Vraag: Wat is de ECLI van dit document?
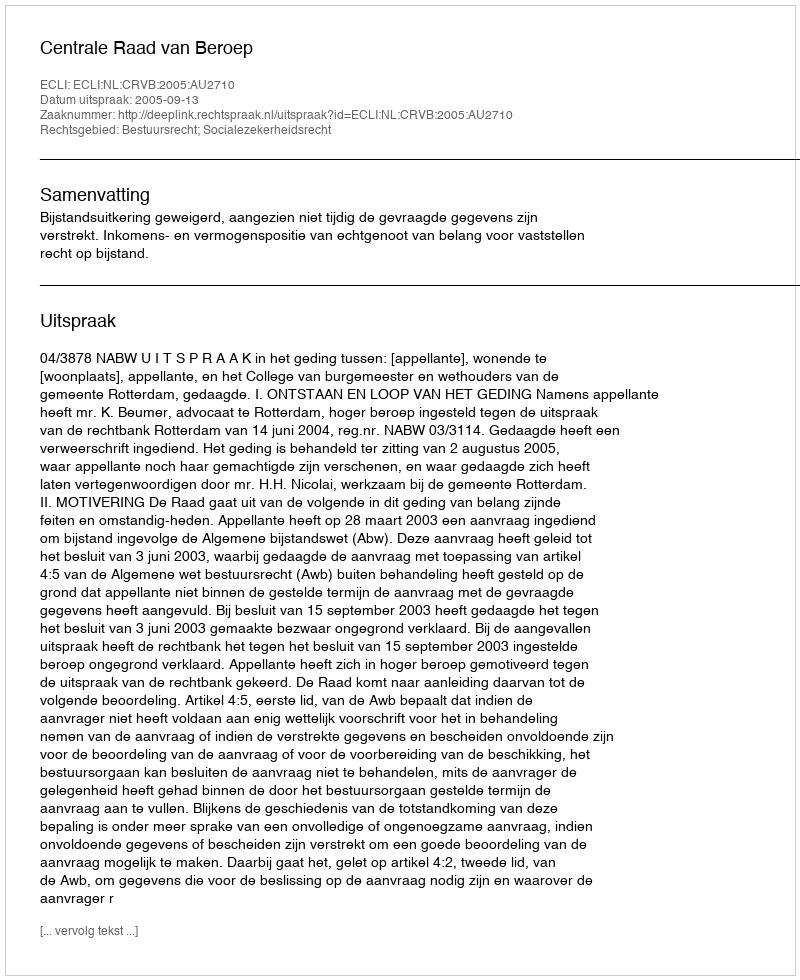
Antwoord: ECLI:NL:CRVB:2005:AU2710